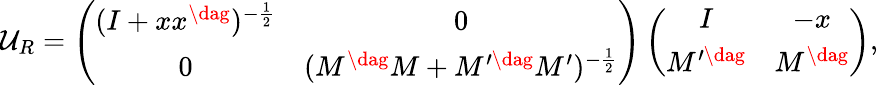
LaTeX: {\cal U}_{R}=\left(\begin{array}{cc}{{(I+xx^{\dag})^{-\frac{1}{2}}}}&{{0}}\\ {{0}}&{{(M^{\dag}M+M^{\prime\dag}M^{\prime})^{-\frac{1}{2}}}}\end{array}\right)\left(\begin{array}{cc}{{I}}&{{-x}}\\ {{M^{\prime\dag}}}&{{M^{\dag}}}\end{array}\right),